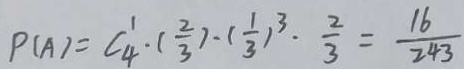
P ( A ) = C _ { 4 } ^ { 1 } \cdot ( \frac { 2 } { 3 } ) \cdot ( \frac { 1 } { 3 } ) ^ { 3 } \cdot \frac { 2 } { 3 } = \frac { 1 6 } { 2 4 3 }